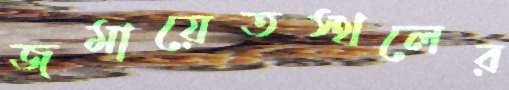
জমায়েতস্থলের